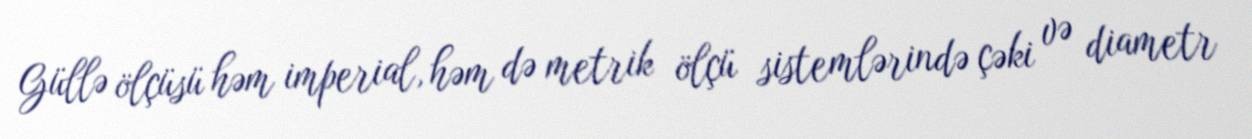
Güllə ölçüsü həm imperial, həm də metrik ölçü sistemlərində çəki və diametr